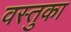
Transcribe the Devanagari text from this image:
वस्‍तुका